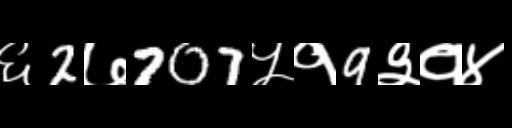
Text: ६2७707५१9३१४